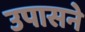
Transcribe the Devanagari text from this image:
उपासने